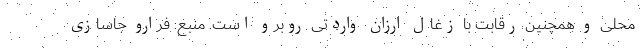
محلی و همچنین رقابت با زغال ارزان واردتی روبرو است. منبع: فرارو جاسازی